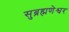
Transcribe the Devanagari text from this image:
सुब्रह्मणेश्वर